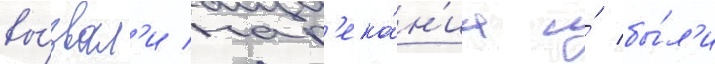
вы́звал'и нар'ека́н'иа и́ бы́л'и